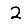
Digit: 2